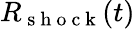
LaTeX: R_{\mathrm{~s~h~o~c~k~}}(t)